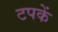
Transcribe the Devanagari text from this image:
टपकें